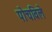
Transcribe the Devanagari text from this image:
पोचविले